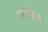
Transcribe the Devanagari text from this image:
लिबिन